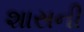
શાસની